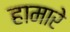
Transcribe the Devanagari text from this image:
हामारे